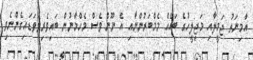
އާމިނަތު ޖަމީލާއި މަޖިލީހުގެ ބައެއް މެމްބަރުންނާއި އެ ނޫން ވެސް މެހްމާނުން ބައިވެރިވެވަޑައިގެންނެވި